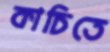
কাচিতে